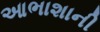
આભાશાની